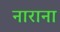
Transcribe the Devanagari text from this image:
नाराना